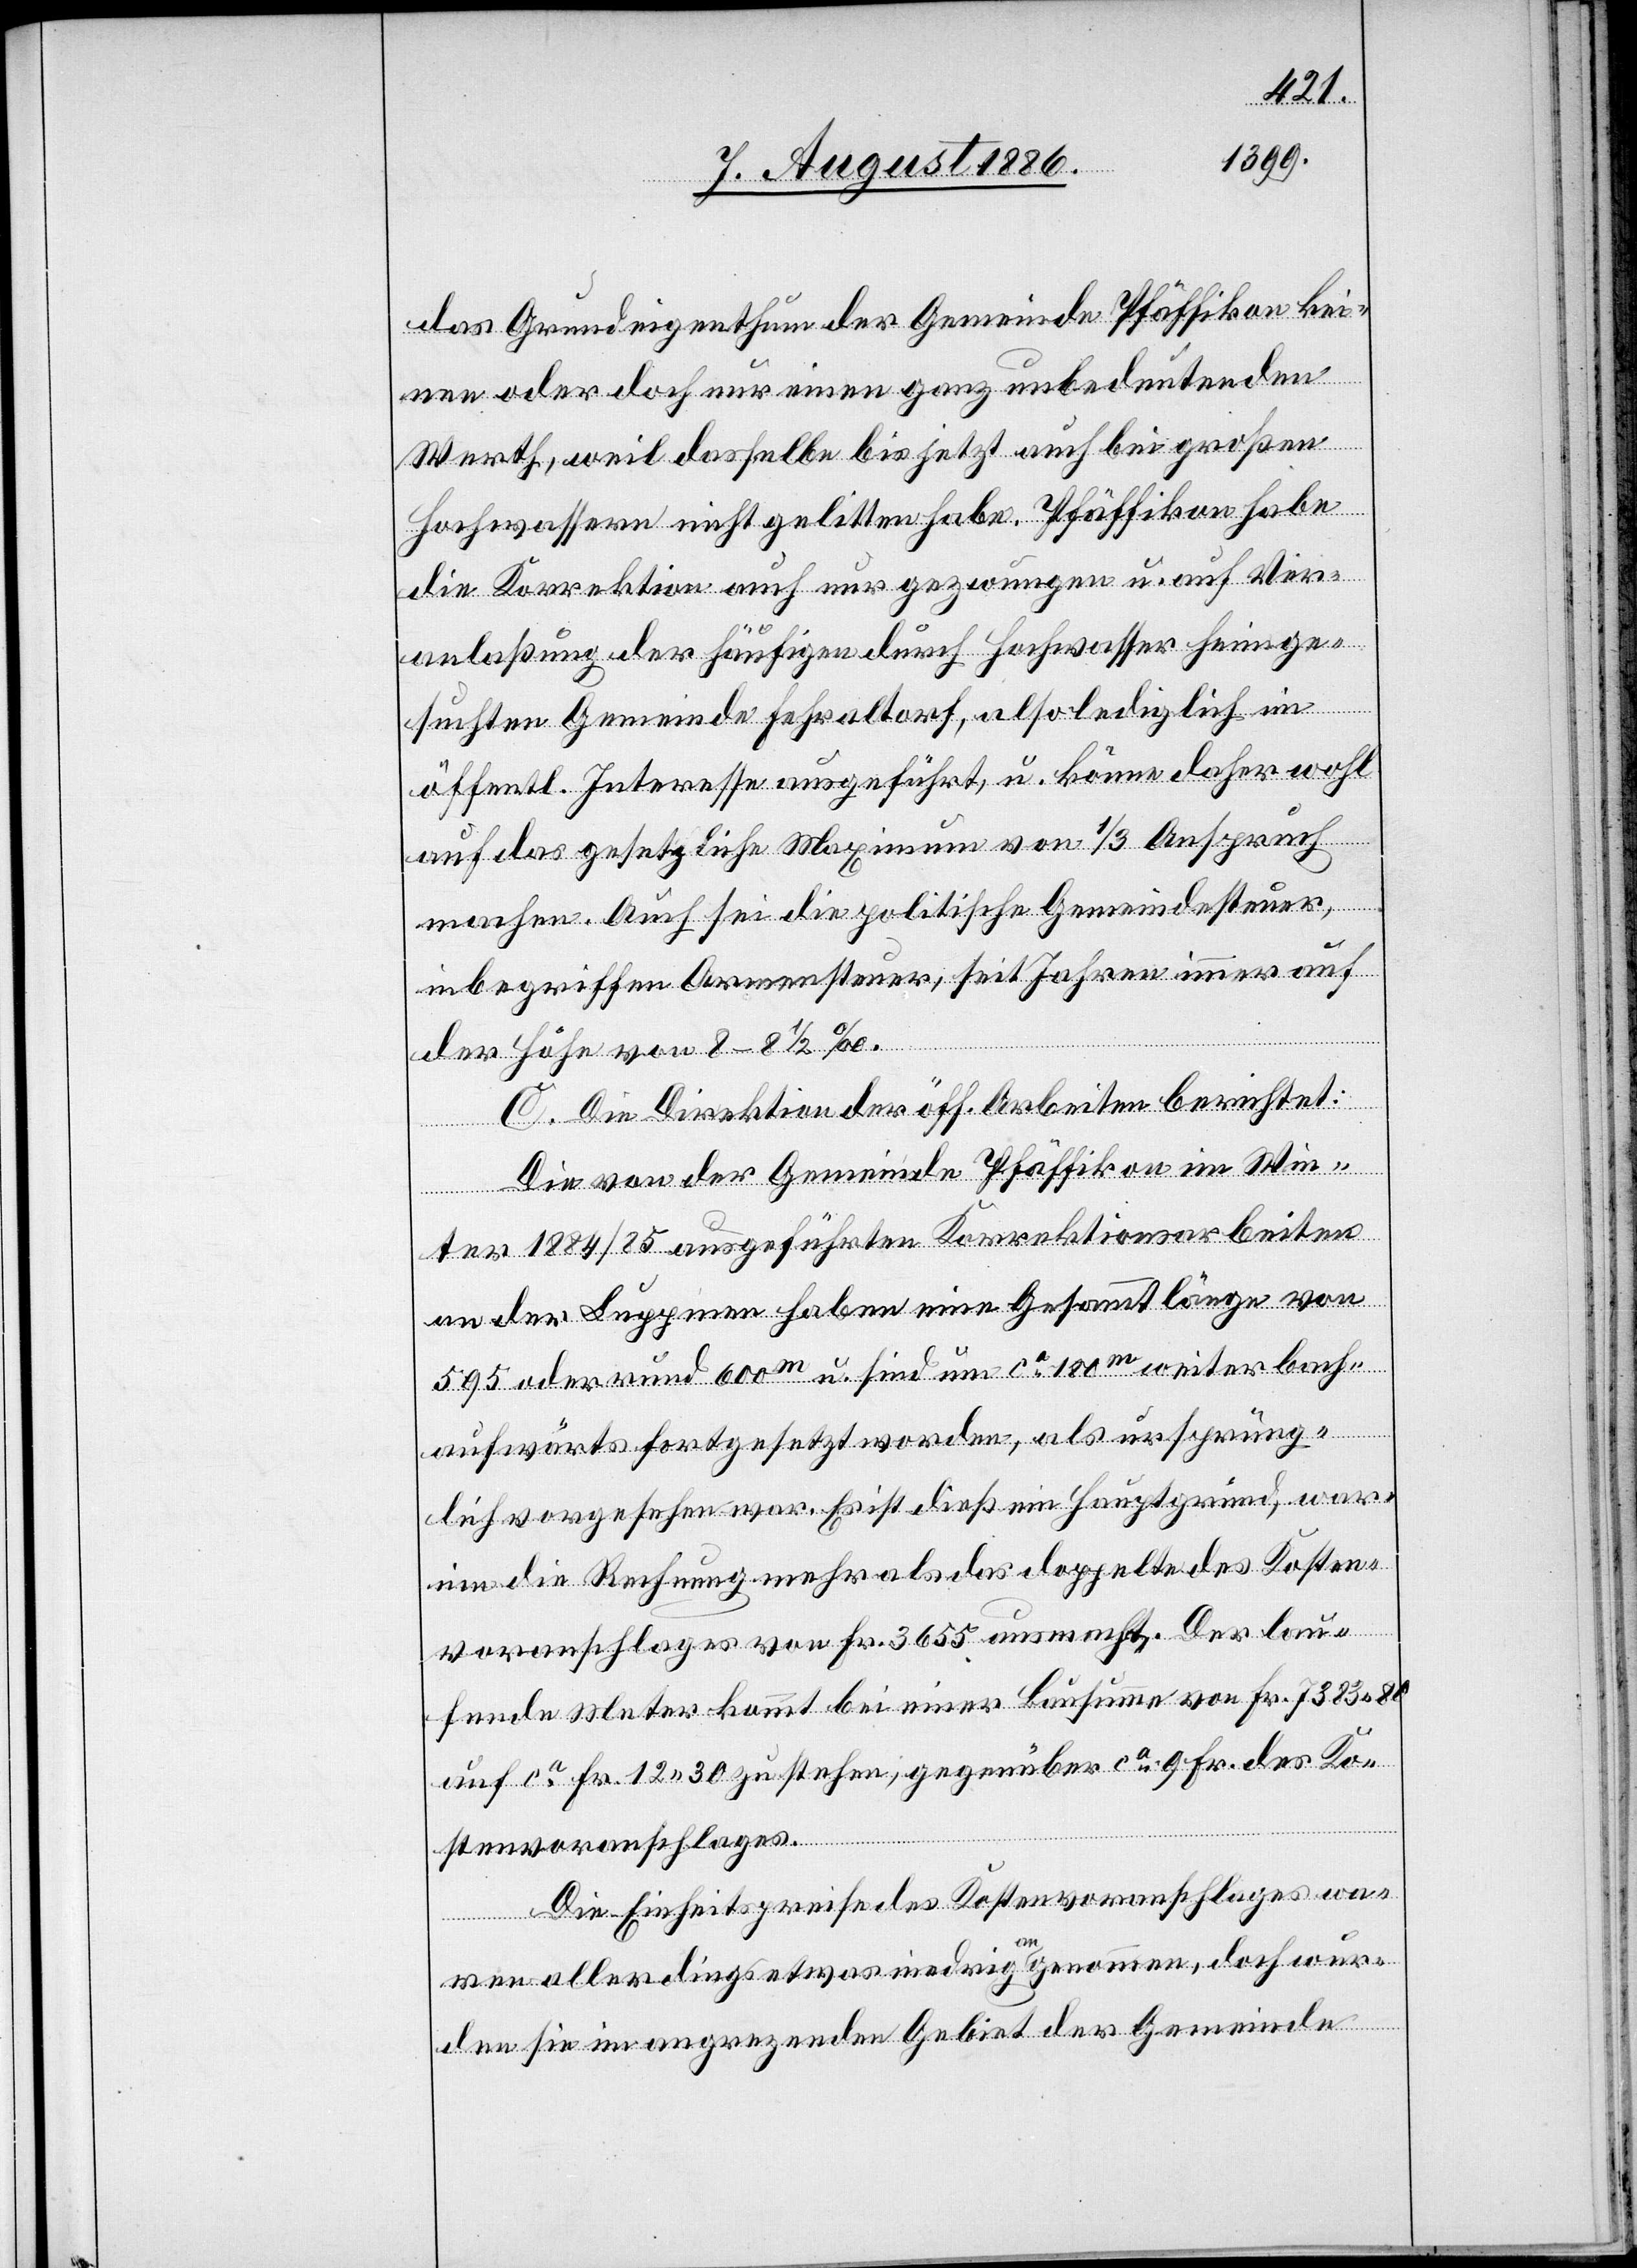
das Grundeigenthum der Gemeinde Pfäffikon kei¬
nen oder doch nur einen ganz unbedeutenden
Werth, weil dasselbe bis jetzt auch bei großen
Hochwassern nicht gelitten habe. Pfäffikon habe
die Korrektion auch nur gezwungen u. auf Ver¬
anlaßung der häufigen [recte: häufig] durch Hochwasser heimge¬
suchten Gemeinde Fehraltorf, also lediglich im
öffentl. Interesse ausgeführt, u. könne daher wohl
auf das gesetzliche Maximum von 1/3 Anspruch
machen. Auch sei die politische Gemeindesteuer
inbegriffen Armensteuer, seit Jahren immer auf
der Höhe von 8–8 1/2‰.
C. Die Direktion der öff. Arbeiten berichtet:
Die von der Gemeinde Pfäffikon im Win¬
ter 1884/85 ausgeführten Korrektionsarbeiten
an der Luppmen haben eine Gesammtlänge von
595 oder rund 600m u. sind um ca 180m weiter bach¬
aufwärts fortgesetzt worden, als ursprüng¬
lich vorgesehen war. Es ist dieß ein Hauptgrund, war¬
um die Rechnung mehr als das doppelte des Kosten¬
voranschlages von Fr. 3655 ausmacht. Der lau¬
fende Meter kommt bei einer Bausumme von Fr. 7383 80
auf ca Fr. 12 30 zu stehen, gegenüber ca 9 Fr. des Ko¬
stenvoranschlages.
Die Einheitspreise des Kostenvoranschlages wa¬
ren allerdings etwas niedrig angenommen, doch wur¬
den sie im angrenzenden Gebiet der Gemeinde